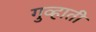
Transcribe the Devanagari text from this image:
गुव्हाती